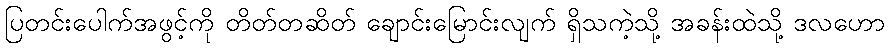
ပြတင်းပေါက်အဖွင့်ကို တိတ်တဆိတ် ချောင်းမြောင်းလျက် ရှိသကဲ့သို့ အခန်းထဲသို့ ဒလဟော